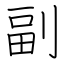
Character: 副